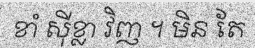
ខាំ ស៊ីខ្លា វិញ ។ មិន តែ